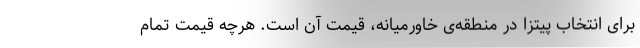
برای انتخاب پیتزا در منطقه‌ی خاورمیانه، قیمت آن است. هرچه قیمت تمام